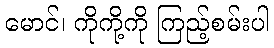
မောင်၊ ကိုကို့ကို ကြည့်စမ်းပါ